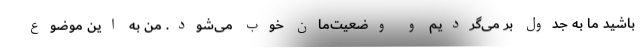
باشید ما به جدول بر می‌گردیم و وضعیت‌مان خوب می‌شود. من به این موضوع